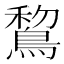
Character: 鵹